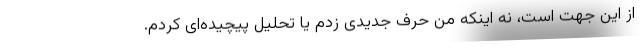
از این جهت است، نه اینکه من حرف جدیدی زدم یا تحلیل پیچیده‌ای کردم.